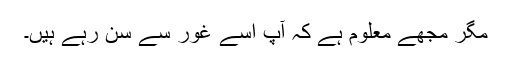
مگر مجھے معلوم ہے کہ آپ اُسے غور سے سن رہے ہیں۔